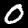
Label: 0